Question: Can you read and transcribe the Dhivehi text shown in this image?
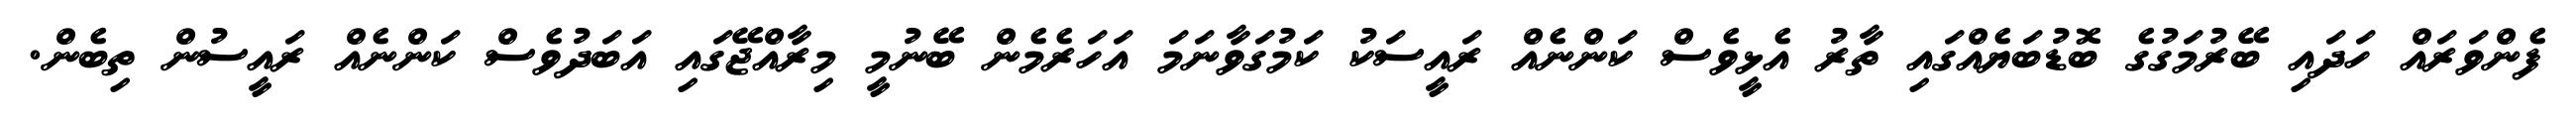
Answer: ފެންވަރައް ހަދައި ބޭރުމަގުގެ ބޮޑުބަޔެއްގައި ތާރު އެޅީވެސް ކަންނެއް ރައީސަކު ކަމުގަވާނަމަ އަހަރެމެން ބޭނުމީ މިރާއްޖޭގައި އަބަދުވެސް ކަންނެއް ރައީސުން ތިބެން.